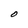
Character: O